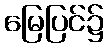
မြေပြင်၌